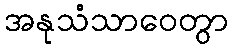
အနုသံသာဝေတွာ